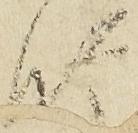
師